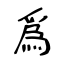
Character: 爲